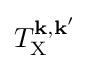
T_{\mathrm {X} }^{\mathbf {k} ,\mathbf {k'} }